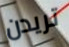
تريدن